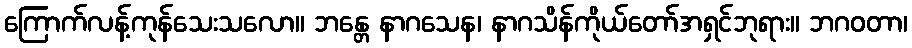
ကြောက်လန့်ကုန်သေးသလော။ ဘန္တေ နာဂသေန၊ နာဂသိန်ကိုယ်တော်အရှင်ဘုရား။ ဘဂဝတာ၊